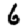
Digit: 6